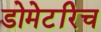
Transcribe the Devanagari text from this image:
डोमेटरिच